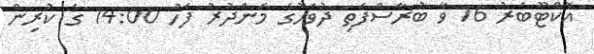
އޮކްޓޫބަރު 16 ވާ ބުރާސްފަތި ދުވަހުގެ މެންދުރު ފަހު 14:00 ގެ ކުރިން